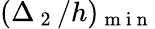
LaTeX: (\Delta_{\mathrm{~2~}}/h)_{\mathrm{~m~i~n~}}